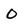
Character: O